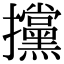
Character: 攩